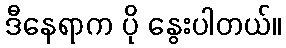
ဒီနေရာက ပို နွေးပါတယ်။